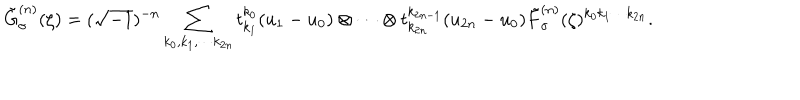
LaTeX: \tilde { G } _ { \sigma } ^ { ( n ) } ( \zeta ) = ( \sqrt { - 1 } ) ^ { - n } \sum _ { k _ { 0 } , k _ { 1 } , \cdots k _ { 2 n } } t _ { k _ { 1 } } ^ { k _ { 0 } } ( u _ { 1 } - u _ { 0 } ) \otimes \cdots \otimes t _ { k _ { 2 n } } ^ { k _ { 2 n - 1 } } ( u _ { 2 n } - u _ { 0 } ) \tilde { F } _ { \sigma } ^ { ( n ) } ( \zeta ) ^ { k _ { 0 } k _ { 1 } \cdots k _ { 2 n } } .